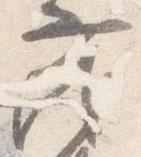
茂